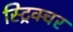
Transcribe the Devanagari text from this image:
स्ट्रिक्चर